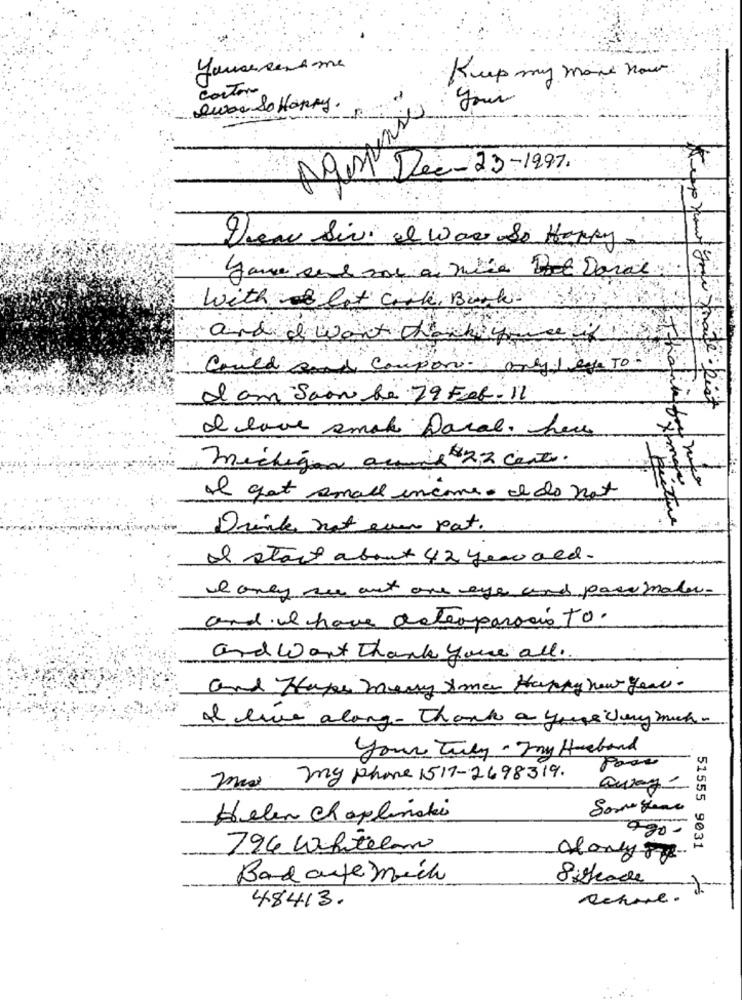
Kup my more nous
conTone
your
Qwas So Happy.
NOM Dec- 23-1997.
Thew Siv. I Was So Happy
with lot cirk , Bark
and I want thank you
Could sind compon only ) eye TO.
d'am Sain de 29 For-11
pour your marte: list
I love smak pacal. here
michigan acme 22 cents.
I got small income . I do not
Drinte not even pat.
Il start about 42 year old.
I only su out one eye and pass maler.
and we have deterparació to.
and Went Thank you all ..
and Hape merry Xmas Happy new year.
Il live along - Thank a you very much.
You're July . Try Husband
mas my Phone 1517-2698319.
Helen Chaplinaki
990-
796 Whitelon
51555 9031
alongyou
Badantemich
Sistade
Acture.
48413.